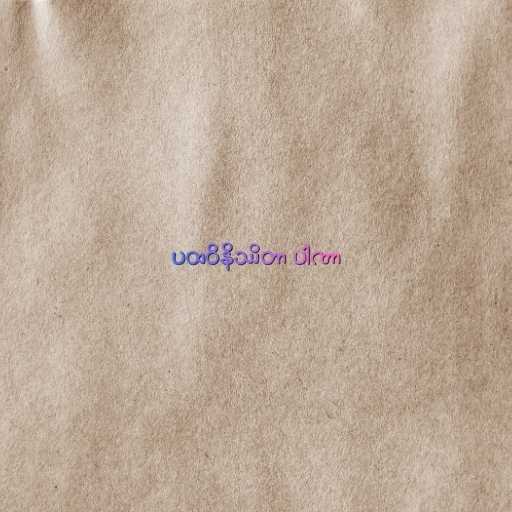
ပထဝိနိဿိတာ ပါဏာ